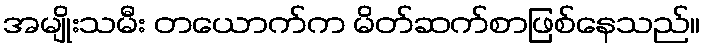
အမျိုးသမီး တယောက်က မိတ်ဆက်စာဖြစ်နေသည်။